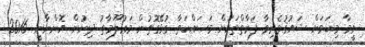
ވީމާ މިކަމަށް ޝައުޤުވެރިވާ ފަރާތްތަކަށް މަސައްކަތާ ގުޅޭގޮތުން މަޢުލޫމާތު ދިނުން އޮންނާނީ 2016